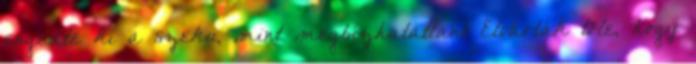
engedte ki a szeku, mint megbízhatatlant Elvárták tõle, hogy